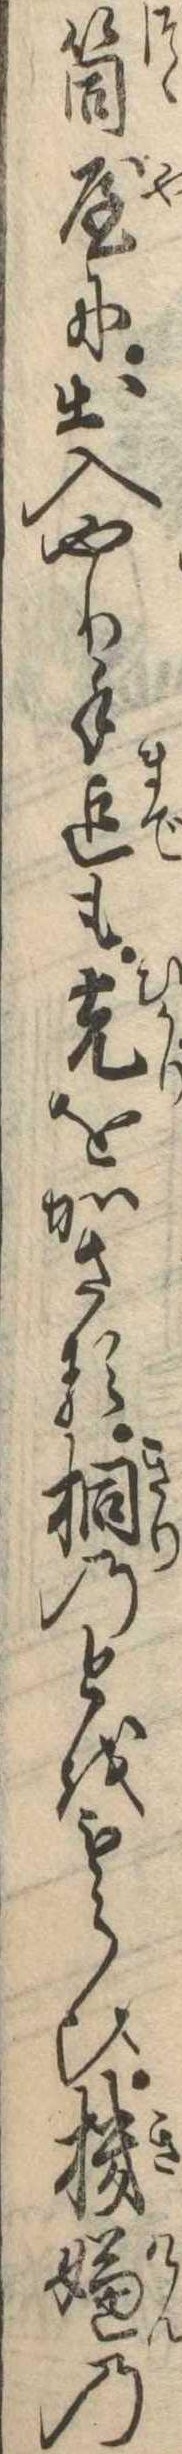
筒屋に出入やり手迄も光をかさる桐のとをもらひ機嫌の